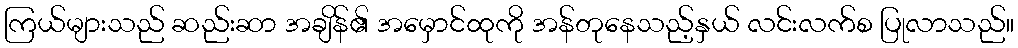
ကြယ်များသည် ဆည်းဆာ အချိန်၏ အမှောင်ထုကို အန်တုနေသည့်နှယ် လင်းလက်စ ပြုလာသည်။